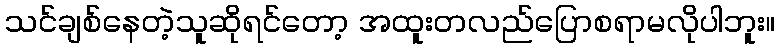
သင်ချစ်နေတဲ့သူဆိုရင်တော့ အထူးတလည်ပြောစရာမလိုပါဘူး။